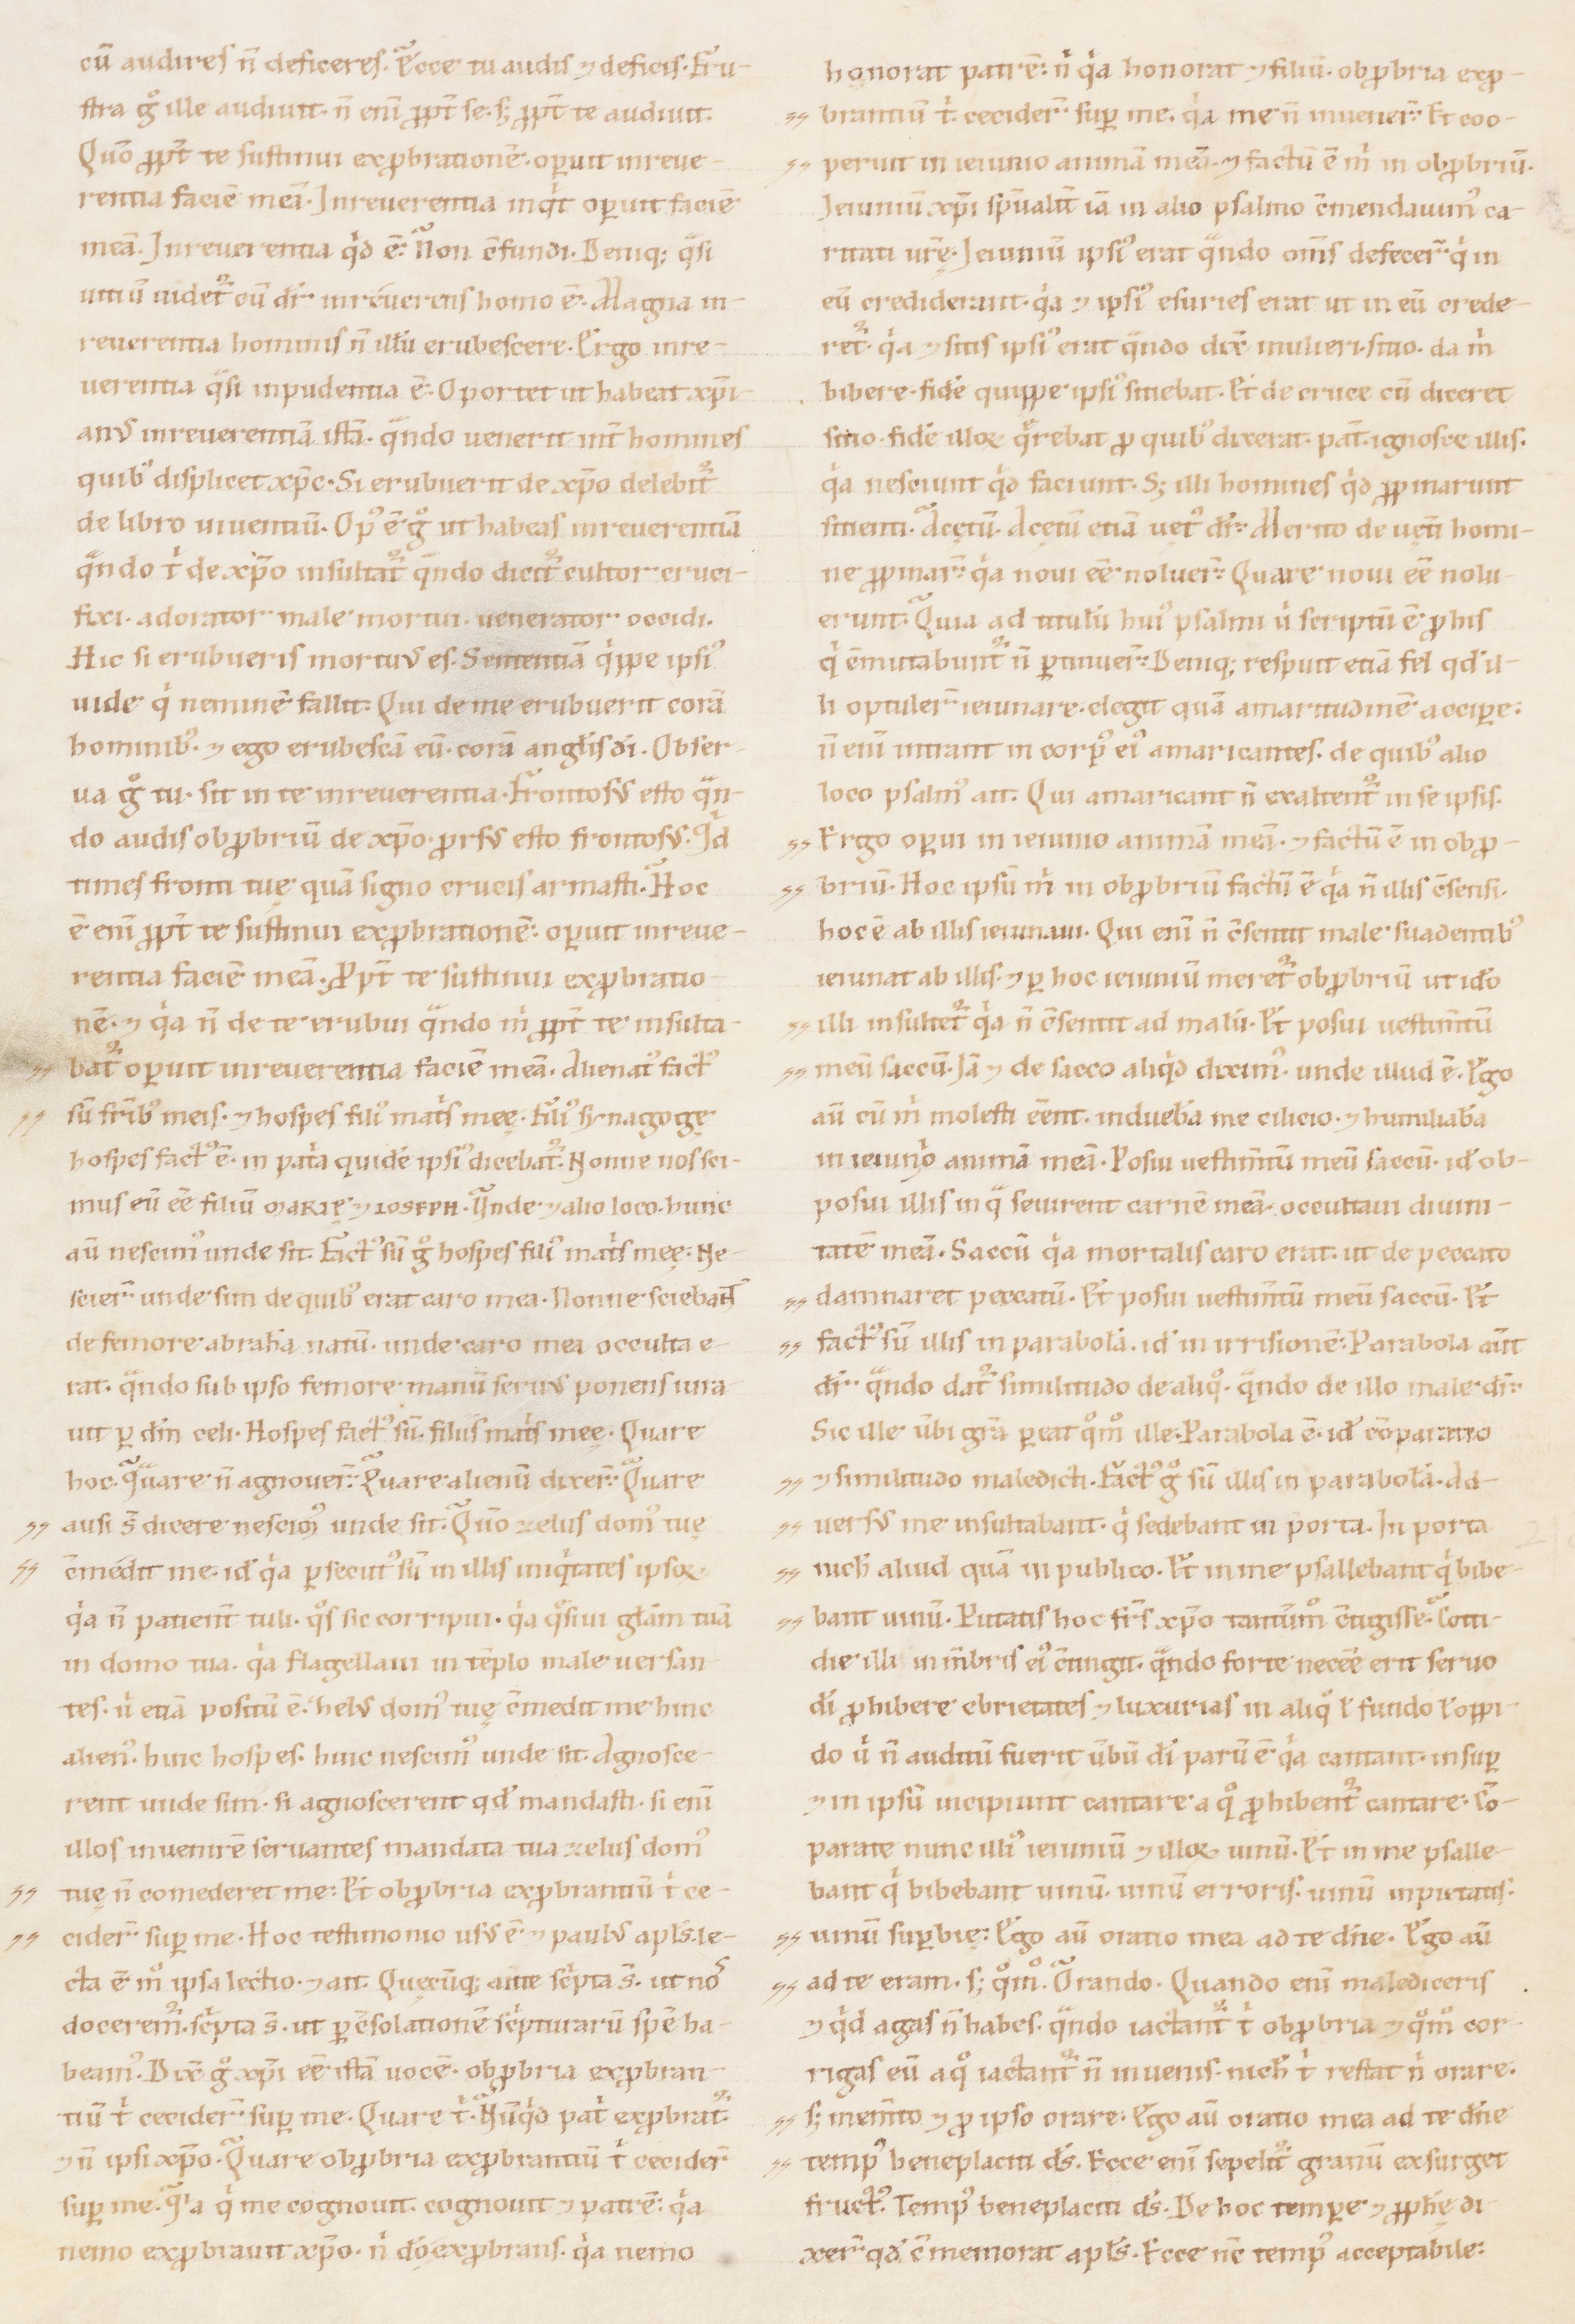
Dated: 1100–1199